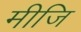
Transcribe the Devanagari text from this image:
मीजि